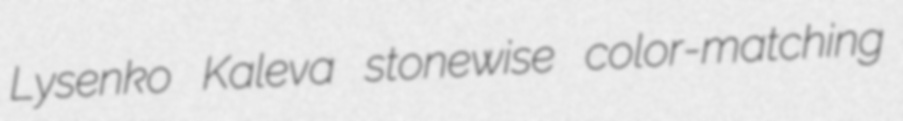
Lysenko Kaleva stonewise color-matching